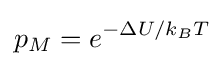
p_{M}=e^{-\Delta U/k_{B}T}